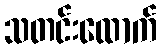
သတင်းထောက်